Annual report of the Prince of Wales Medical College, Patna
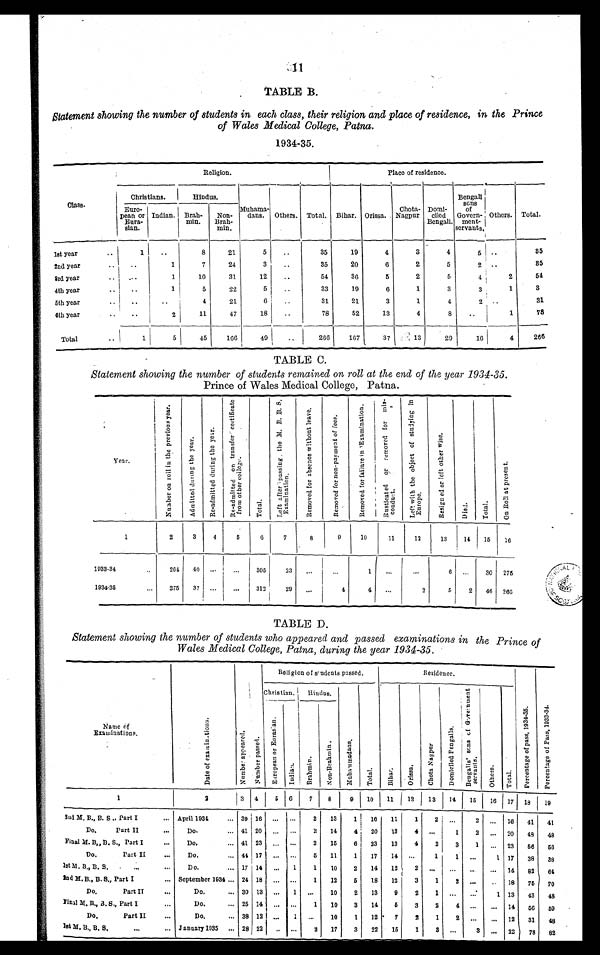
TABLE B.
Statement showing the number of students in each class, their religion and place of residence, in the Prince
of Wales Medical College, Patna.
1934–35.
Class.
Religion.
Place of residence.
Christians.
Hindus.
Muhama-
dans. Others. Total. Bihar. Orissa.
Chota-
Nagpur.
Domi-
c i l e d
Bengali.
Bengali s o n s
of
Govern-
ment-
s e r v a n t s .
Others. Total.
Euro-
pean or
Eura-
sian.
Indian.
Br a h -
min.
Non-
Brah-
min.
1st Year
. .
1
..
8
21
5
. .
35
19
4
3
4
5
. .
85
2nd year
. .
. .
1
7
2 4
3
..
35
2 0
6
2
5
2
. .
85
3rd year
. .
. . .
1
10
31
12
..
54
36
5
2
5
4
2
54
4th year
. .
. . .
1
5
22
5
..
33
19
6
1
3
3
1
3
5t h year
. .
..
..
4
21
6
..
31
21
3
1
4
2 ..
31
6t h year
..
. .
2
1 1
47
1 8
..
78
52
13
4
8
..
1
78
Total
..
1
5
45
166
49
..
266
167
37
13
29
16
4
266
TABLE C.
Statement showing the number of students remained on roll at the end of the year 1934–35.
Prince of Wales Medical College, Patna.
Y e a r .
N u m b e r o n r o l l i n t h e p r e v i o u s y e a r . A d m i t t e d d u r i n g t h e y e a r .
R e - a d m i t t e d d u r i n g t h e y e a r .
R e - a d m i t t e d o n t r a n s f e r c e r t i f i c a t ef
r o m o t h e r c o l l e g e .
T o t a l .
L e f t a f t e r p a s s i n g , t h e M . B . B . S .
E x a m i n a t i o n .
R e m o v e d f o r a b s e n c e w i t h o u t l e a v e .
R e m o v e d f o r n o n - p a y m e n t o f f e e s .
R e m o v e d f o r f a i l u r e i n E x a m i n a t i o n . R u s t i c a t e d o r r e m o v e d f o r m i s -
conduct .
L e f t w i t h t h e o b j e c t o f s t u d y i n g i n
E u r o p e .
R e s i g n e d o r l e f t o t h e r w i s e .
D i e d .
T o t a l .
O n R o l l a t p r e s e n t .
1
2
3
4
5
6
7
8
9
10
11
12
13
14 15
16
1 9 3 3 – 3 4
..
264 40 . . .
. . .
305
23
. . .
. . .
1
. . . ...
6
. . . 30 275
1 9 3 4 – 3 5
...
275 37 ...
. . .
312
2 9
. . .
4
4
. . .
2
5
2 46
2 6 6
TABLE D.
Statement showing the number of students who appeared and passed examinations in the Prince of
Wales Medical College, Patna, during the year 1934–35.
Name of
Exami nat i ons .
Dat e of exami nat i on.
Religion of students passed.
Residence.
N u m b e r a p p e a r e d .
N u m b e r p a s s e d .
Christian. Hindus.
M u h a m m a d a n s .
T o t a l .
B i h a r .
O r i s s a .
C h o t a N a g p u r
D o m i c i l e d F e n g a l l s . B e n g a l i s ' s o n s o f G o v e r n m e n t
servant s.
O t h e r s . T o t a l .
P e r c e n t a g e o f p a s s , 1 9 3 4 – 3 5 . P e r c e n t a g e o f P a s s , 1 9 3 3 – 3 4 .
E u r o p e a n o r E u r a s i a n .
I n d i a n .
B r a h m i n .
N o n - B r a h m i n .
1
2
3 4
5 6 7
8
9 10 11 12 13 14 15 16 17 18 19
2nd M. B., B. S., Part I
... April 1934 ... 39 16 ... ...
2 13
1 16 11
1
2 ...
2
. . . 16 41
4 1
Do. Part II
...
Do. ... 41 20 ... ...
2 14
4 20 13
4
... 1
2 ... 20 48 48
Final M. B.,B. S., Part I
...
Do. ... 41 23 ...
. . . 2 15
6 23 13
4
2
3
1 ... 23
5 6
5 6
Do. Part II
...
Do. ... 44 17 ... ...
5 11
1 17 14
. . . 1
1 ...
1 17 38 38
1st M. B. , B. S.
...
. . .
Do. ... 17 14 ... 1
1 10
2 14 12
2
. . .
. . .
. . .
... 14 82
6 4
2nd M. B., B. S., Part I
... September 1934 ... 24 18
. . .
. . . 1 12
5 18 12
3
1
2
. . . .. 18 75 70
Do. Part II
...
Do. ... 30 13 ... 1 ...
10
2 13
9
2
1
. . .
. . .
1 13 43 48
Final M. B., B. S., Part I
...
Do. ... 25 14 ... ...
1 10
3 14
5 3
2
4 ...
... 14
5 6 59
Do. Part II
...
Do. ... 38 12 ...
1 ...
10
1 12
7
2
1
2 ...
... 12 31 48
1st M. B., B. S.
... ...
J a n u a r y 1 9 3 5 . . . 28 22
. . . ...
2 17
3 22 15
1
3 ...
3 ... 22 78 82